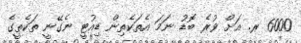
6000 ރ. އަށް ވުރެ ބޮޑު ނަމަ އެތަކެތިން ޑިއުޓީ ނެގޭނީ ތަކެތީގެ